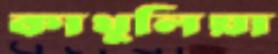
কাথুলিয়া